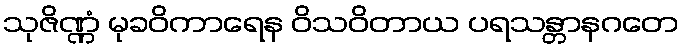
သုဇိဏ္ဏံ မုခဝိကာရေန ဝိသဝိတာယ ပရသန္တာနဂတေ